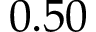
0 . 5 0